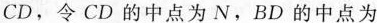
CD，令CD的中点为N，BD的中点为